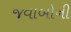
જવાબોની